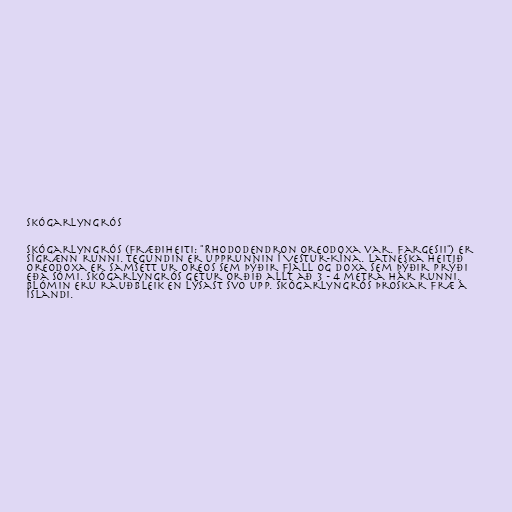
Skógarlyngrós

Skógarlyngrós (fræðiheiti: "Rhododendron oreodoxa var. fargesii") er
sígrænn runni. Tegundin er upprunnin í Vestur-Kína. Latneska heitið
oreodoxa er samsett ur oreos sem þýðir fjall og doxa sem þýðir prýði
eða sómi. Skógarlyngrós getur orðið allt að 3 - 4 metra hár runni.
Blómin eru rauðbleik en lýsast svo upp. Skógarlyngrós þroskar fræ á
Íslandi.